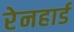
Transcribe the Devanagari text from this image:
रेनहार्ड